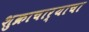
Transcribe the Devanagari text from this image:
शुक्राचार्याचा